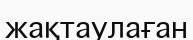
жақтаулаған